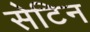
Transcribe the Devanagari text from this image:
सेटिन